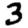
Digit: 3